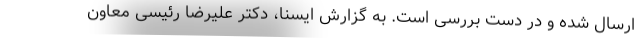
ارسال شده و در دست بررسی است. به گزارش ایسنا، دکتر علیرضا رئیسی معاون